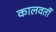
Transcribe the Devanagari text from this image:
कालवर्ती